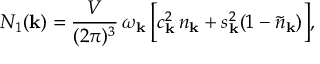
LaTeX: N _ { 1 } ( { \bf k } ) = \frac { V } { ( 2 \pi ) ^ { 3 } } \, \omega _ { \bf k } \, \bigg [ c _ { \bf k } ^ { 2 } \, n _ { \bf k } + s _ { \bf k } ^ { 2 } ( 1 - \tilde { n } _ { \bf k } ) \bigg ] ,